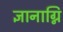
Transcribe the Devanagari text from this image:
ज्ञानाग्नि